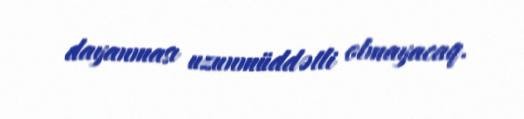
dayanması uzunmüddətli olmayacaq.